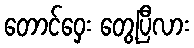
တောင်ဝှေး တွေ့ပြီလား